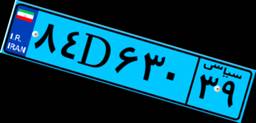
۱۰D۲۳۴۶۹